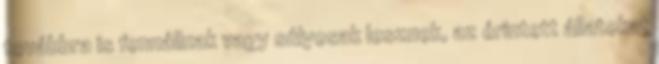
továbbra is fennállnak vagy súlyosak lesznek, az érintett állatokat